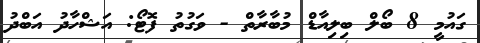
ގައުމީ 8 ބޯލް ބިލިއާޑް މުބާރާތް - ވަގުތު ފޮޓޯ: އަޝްހާދު އަބްދު